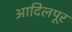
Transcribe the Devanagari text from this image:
आदिलपूर